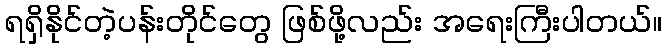
ရရှိနိုင်တဲ့ပန်းတိုင်တွေ ဖြစ်ဖို့လည်း အရေးကြီးပါတယ်။